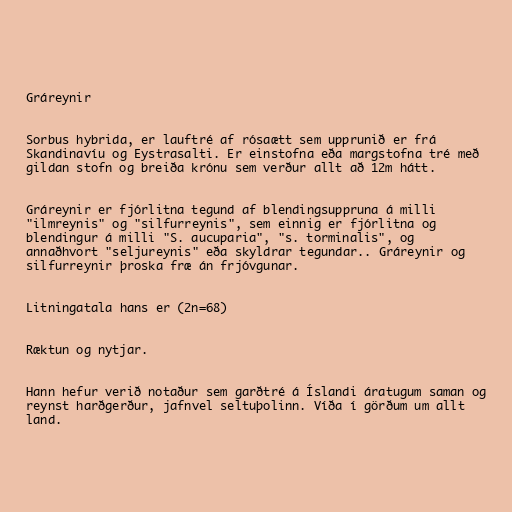
Gráreynir

Sorbus hybrida, er lauftré af rósaætt sem upprunið er frá
Skandinavíu og Eystrasalti. Er einstofna eða margstofna tré með
gildan stofn og breiða krónu sem verður allt að 12m hátt.

Gráreynir er fjórlitna tegund af blendingsuppruna á milli
"ilmreynis" og "silfurreynis", sem einnig er fjórlitna og
blendingur á milli "S. aucuparia", "s. torminalis", og
annaðhvort "seljureynis" eða skyldrar tegundar.. Gráreynir og
silfurreynir þroska fræ án frjóvgunar.

Litningatala hans er (2n=68)

Ræktun og nytjar.

Hann hefur verið notaður sem garðtré á Íslandi áratugum saman og
reynst harðgerður, jafnvel seltuþolinn. Víða í görðum um allt
land.